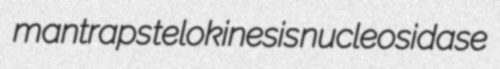
mantraps telokinesis nucleosidase